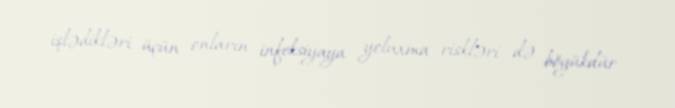
işlədikləri üçün onların infeksiyaya yoluxma riskləri də böyükdür.